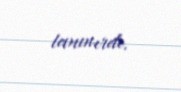
tanınırdı.